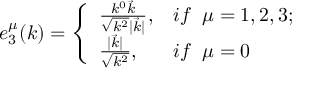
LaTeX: e _ { 3 } ^ { \mu } ( k ) = \left\{ \begin{array} { l l } { { \frac { k ^ { 0 } \vec { k } } { \sqrt { k ^ { 2 } } | \vec { k } | } , } } & { { i f \; \; \mu = 1 , 2 , 3 ; } } \\ { { \frac { | \vec { k } | } { \sqrt { k ^ { 2 } } } , } } & { { i f \; \; \mu = 0 } } \end{array} \right.